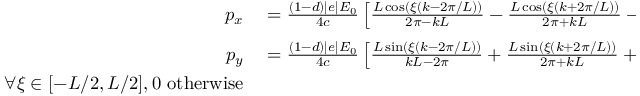
\begin{array} { r l } { p _ { x } } & { { } = \frac { ( 1 - d ) | e | E _ { 0 } } { 4 c } \left[ \frac { L \cos ( \xi ( k - 2 \pi / L ) ) } { 2 \pi - k L } - \frac { L \cos ( \xi ( k + 2 \pi / L ) ) } { 2 \pi + k L } - \frac { 2 \cos ( k \xi ) } { k } \right] _ { \xi ^ { \prime } } ^ { \xi ^ { \prime } - \phi } } \\ { p _ { y } } & { { } = \frac { ( 1 - d ) | e | E _ { 0 } } { 4 c } \left[ \frac { L \sin ( \xi ( k - 2 \pi / L ) ) } { k L - 2 \pi } + \frac { L \sin ( \xi ( k + 2 \pi / L ) ) } { 2 \pi + k L } + \frac { 2 \sin ( k \xi ) } { k } \right] _ { \xi ^ { \prime } } ^ { \xi ^ { \prime } - \phi } } \\ { \forall \xi \in [ - L / 2 , L / 2 ] , 0 \ \mathrm { o t h e r w i s e } } \end{array}